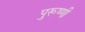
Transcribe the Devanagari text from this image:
पुरूष्णी